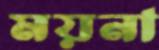
ময়না